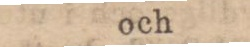
och